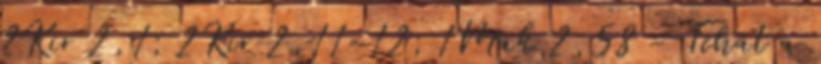
2Kir 2,1; 2Kir 2,11-12; 1Mak 2,58 - Tehát a